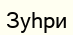
Зуһри